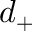
d _ { + }